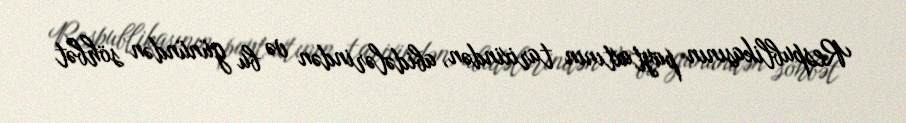
Respublikasının paytaxtının tarixindən, abidələrindən və bu günündən söhbət